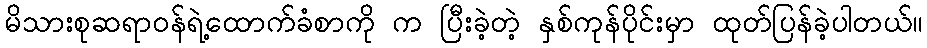
မိသားစုဆရာဝန်ရဲ့ထောက်ခံစာကို က ပြီးခဲ့တဲ့ နှစ်ကုန်ပိုင်းမှာ ထုတ်ပြန်ခဲ့ပါတယ်။